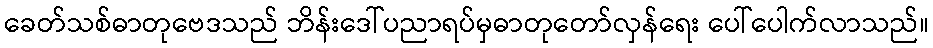
ခေတ်သစ်ဓာတုဗေဒသည် ဘိန်းဒေါ်ပညာရပ်မှဓာတုတော်လှန်ရေး ပေါ်ပေါက်လာသည်။